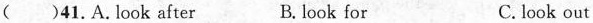
( )41.A. look after B. look for C. look out